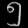
Digit: ၅